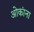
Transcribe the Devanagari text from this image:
ओकांना